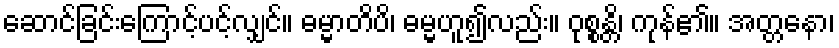
ဆောင်ခြင်းကြောင့်ပင့်လျှင်။ ဓမ္မာတိပိ၊ ဓမ္မဟူ၍လည်း။ ဝုစ္စန္တိ၊ ကုန်၏။ အတ္တနော၊